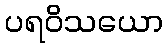
ပရဝိသယော